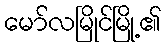
မော်လမြိုင်မြို့၏